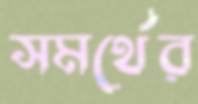
সমর্থের